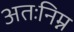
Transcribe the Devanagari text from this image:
अतःनिम्न